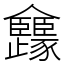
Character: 㒪